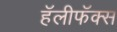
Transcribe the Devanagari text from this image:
हॅलीफॅक्स